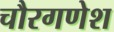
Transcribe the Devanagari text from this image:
चौरगणेश